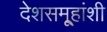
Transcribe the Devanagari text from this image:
देशसमू्हांशी